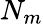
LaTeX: N_{m}